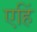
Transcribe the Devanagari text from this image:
एहिं